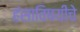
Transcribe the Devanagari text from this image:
हंसाविषयीचे